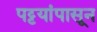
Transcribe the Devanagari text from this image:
पट्टयांपासून